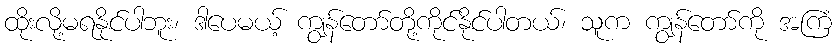
ထိုးလို့မရနိုင်ပါဘူး၊ ဒါပေမယ့် ကျွန်တော်တို့ကိုင်နိုင်ပါတယ်၊ သူက ကျွန်တော်ကို အကြံ